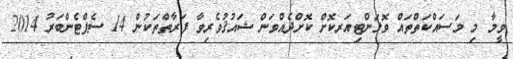
ވީމާ މި މަސައްކަތްތައް ވޮލަންޓިއަރކޮށް ކޮށްދެއްވަން ޝައުޤުވެރިވާ ފަރާތްތަކުން 14 ސެޕްޓެންބަރު 2014